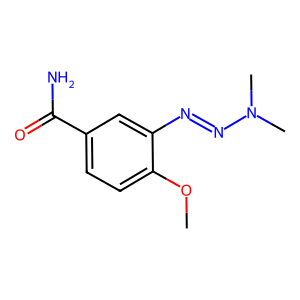
SMILES: COc1ccc(C(N)=O)cc1N=NN(C)C
Inhibits HIV replication: No